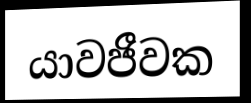
යාවජීවක